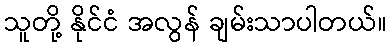
သူတို့ နိုင်ငံ အလွန် ချမ်းသာပါတယ်။